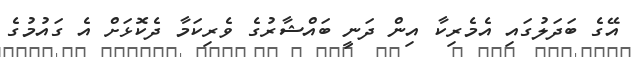
އޭގެ ބަދަލުގައި އެމެރިކާ އިން ދަނީ ބައްޝާރުގެ ވެރިކަމާ ދެކޮޅަށް އެ ގައުމުގެ